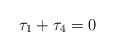
LaTeX: \begin{align*} \tau_1 + \tau_4 = 0\end{align*}